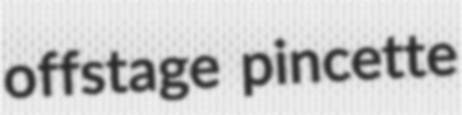
offstage pincette